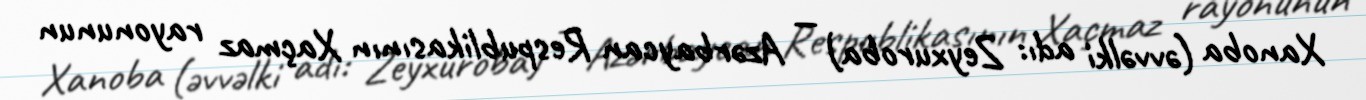
Xanoba (əvvəlki adı: Zeyxuroba) — Azərbaycan Respublikasının Xaçmaz rayonunun